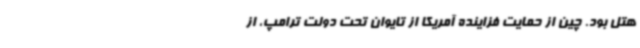
هتل بود. چین از حمایت فزاینده آمریکا از تایوان تحت دولت ترامپ، از